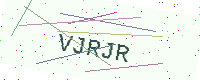
Text: VJRJR